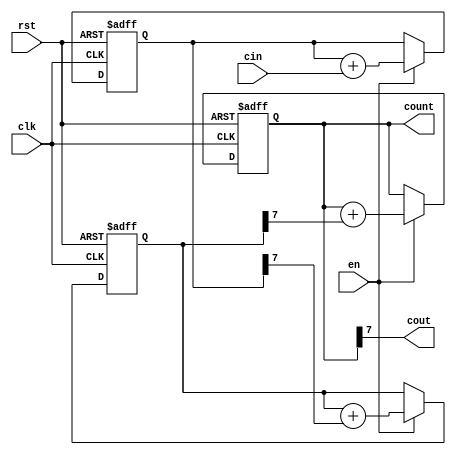
module cascaded_counter(
    input wire clk, // Clock signal
    input wire rst, // Reset signal
    input wire en, // Enable signal
    input wire cin, // Input carry signal
    output wire cout, // Output carry signal
    output reg [7:0] count // Output count value
);

reg [7:0] count1, count2, count3; // Internal count values for each block

// Block 1
always @(posedge clk or posedge rst)
begin
    if (rst)
        count1 <= 0;
    else if (en)
        count1 <= count1 + cin;
end

// Block 2
always @(posedge clk or posedge rst)
begin
    if (rst)
        count2 <= 0;
    else if (en)
        count2 <= count2 + (count1[7]);
end

// Block 3
always @(posedge clk or posedge rst)
begin
    if (rst)
        count3 <= 0;
    else if (en)
        count3 <= count3 + (count2[7]);
end

// Output count value
always @*
begin
    count = count3;
end

// Output carry signal
assign cout = count3[7];

endmodule